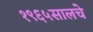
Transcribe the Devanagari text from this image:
१९६५सालचे